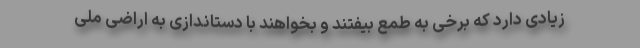
زیادی دارد که برخی به طمع بیفتند و بخواهند با دستاندازی به اراضی ملّی